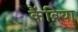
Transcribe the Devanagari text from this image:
कैंब्रिया